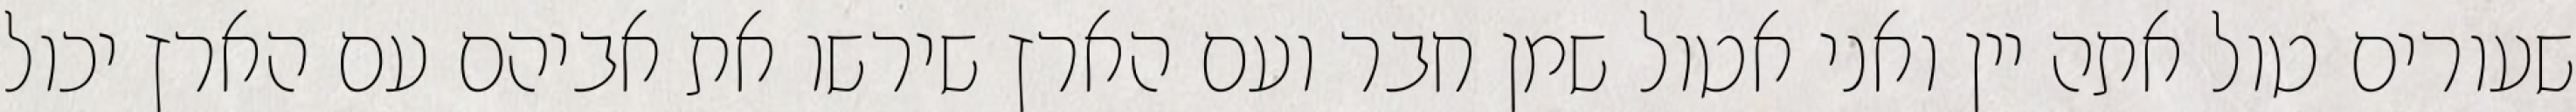
שעורים טול אתה יין ואני אטול שמן חבר ועם הארץ שירשו את אביהם עם הארץ יכול